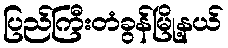
ပြည်ကြီးတံခွန်မြို့နယ်